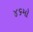
૪૬મો